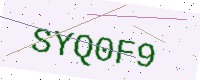
Text: SYQ0F9